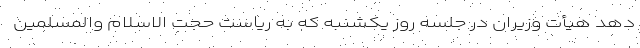
دهد هیأت وزیران در جلسه روز یکشنبه که به ریاست حجت الاسلام والمسلمین